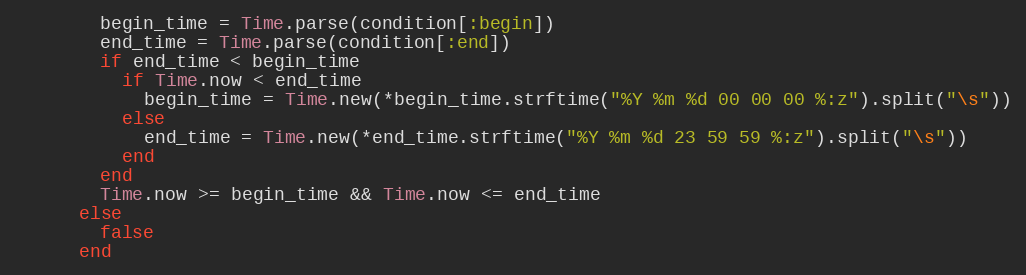
Language: Ruby
        begin_time = Time.parse(condition[:begin])
        end_time = Time.parse(condition[:end])
        if end_time < begin_time
          if Time.now < end_time
            begin_time = Time.new(*begin_time.strftime("%Y %m %d 00 00 00 %:z").split("\s"))
          else
            end_time = Time.new(*end_time.strftime("%Y %m %d 23 59 59 %:z").split("\s"))
          end
        end
        Time.now >= begin_time && Time.now <= end_time
      else
        false
      end